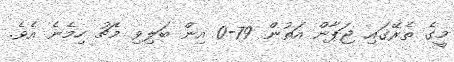
މީގެ ތެރޭގައި ޖަޕާން އަތުން 79-0 އިން ބަލިވި މެޗު ހިމެނެ އެވެ.